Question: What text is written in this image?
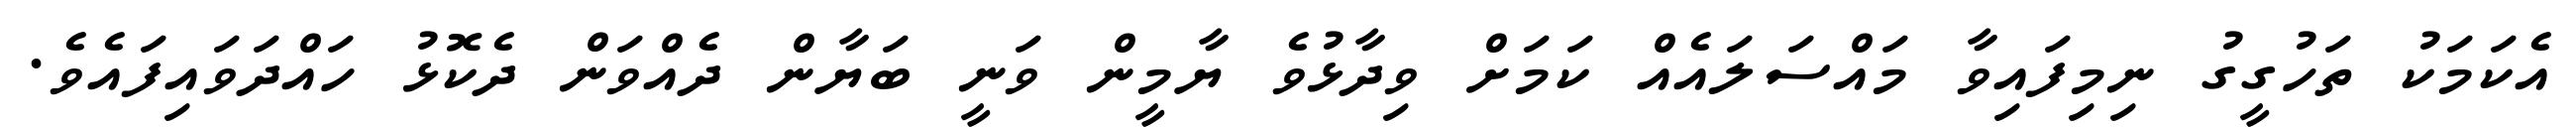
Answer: އެކަމަކު ތަހުގީގު ނިމިފައިވާ މައްސަލައެއް ކަމަށް ވިދާޅުވެ ޔާމީން ވަނީ ބަޔާން ދެއްވަން ދެކޮޅު ހައްދަވައިފައެވެ.